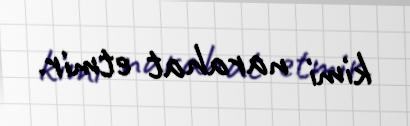
kimi narahat etmir.